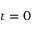
\tau = 0